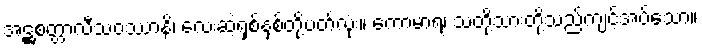
အဋ္ဌစတ္တာလီသဝဿာနိ၊ လေးဆဲ့ရှစ်နှစ်တို့ပတ်လုံး။ ကောမာရံ၊ သတို့သားတို့သည်ကျင့်အပ်သော။